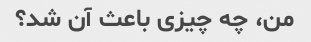
من، چه چیزی باعث آن شد؟